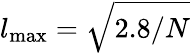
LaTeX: l_{\textrm{max}}=\sqrt{{2.8}/{N}}